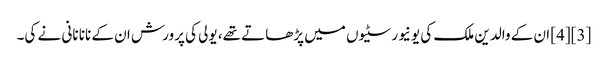
[3][4] ان کے والدین ملک کی یونیورسٹیوں میں پڑھاتے تھے، یولی کی پرورش ان کے نانا نانی نے کی۔